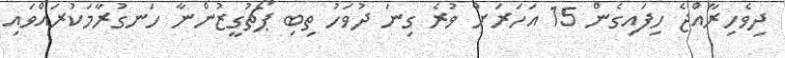
ދިވެހިރާއްޖެ ހިފައިގެން 15 އަހަރަށް ވުރެ ގިނަ ދުވަހު ތިބި ޕޯޗުގީޒުންނާ ހަނގުރާމަކުރައްވައި